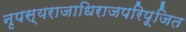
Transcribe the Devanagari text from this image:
नृपस्यराजाधिराजपरिपूजित